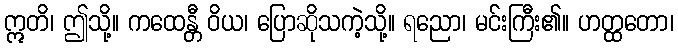
ဣတိ၊ ဤသို့။ ကထေန္တီ ဝိယ၊ ပြောဆိုသကဲ့သို့။ ရညော၊ မင်းကြီး၏။ ဟတ္ထတော၊